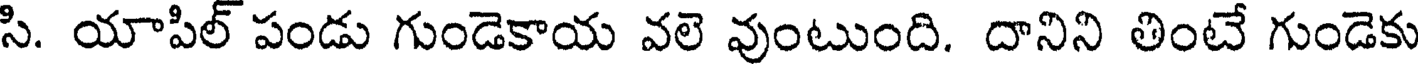
సి. యాపిల్ పండు గుండెకాయ వలె వుంటుంది. దానిని తింటే గుండెకు